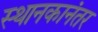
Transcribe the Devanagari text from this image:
स्थानकानंतर